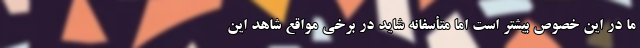
ما در این خصوص بیشتر است اما متأسفانه شاید در برخی مواقع شاهد این